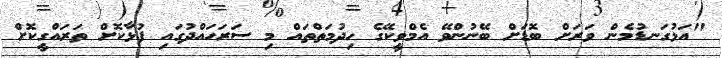
"އަޅުގަނޑުމެން ވަރަށް ބޮޑަށް ބޭނުންވޭ އެމްވީކޭގެ ހިދުމަތްތައް މި ސަރަހައްދުގައި ފުޅާކޮށް ތަރައްގީކޮށް